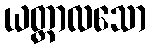
ယတ္ထာလသော